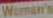
Women's